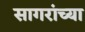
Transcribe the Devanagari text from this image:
सागरांच्या